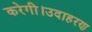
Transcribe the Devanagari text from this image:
करेगी।उदाहरण